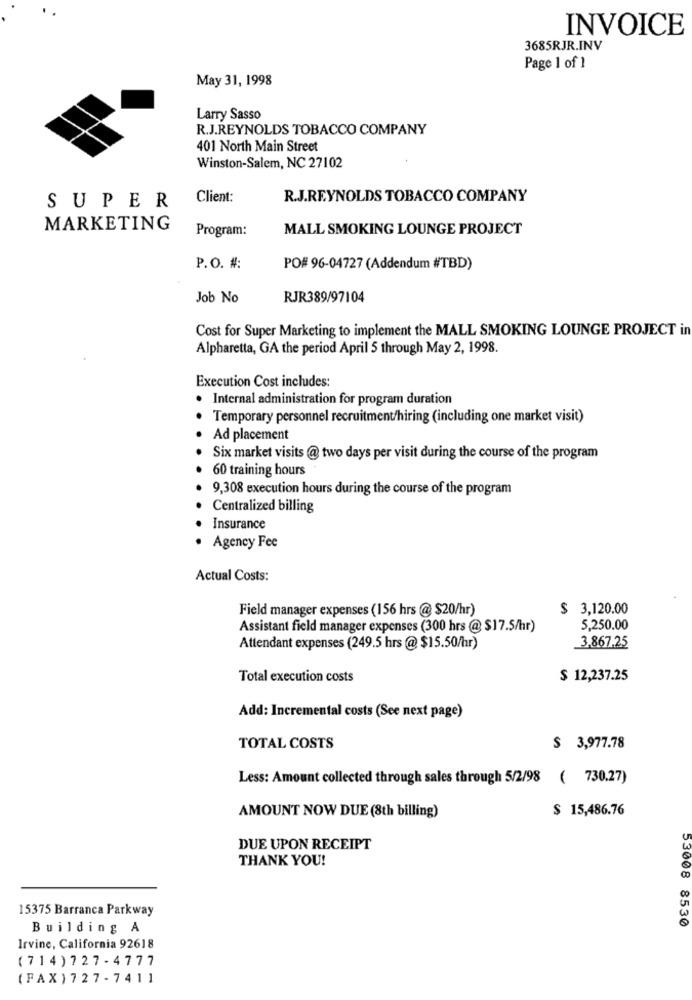
INVOICE
3685RJR.INV
Page 1 of 1
May 31, 1998
Larry Sasso
R.J.REYNOLDS TOBACCO COMPANY
401 North Main Street
Winston-Salem, NC 27102
Client:
R.J.REYNOLDS TOBACCO COMPANY
SUPER
MARKETING
Program:
MALL SMOKING LOUNGE PROJECT
P.O. #:
PO# 96-04727 (Addendum #TBD)
Job No
RJR389/97104
Cost for Super Marketing to implement the MALL SMOKING LOUNGE PROJECT in
Alpharetta, GA the period April 5 through May 2, 1998.
Execution Cost includes:
. Internal administration for program duration
Temporary personnel recruitment/hiring (including one market visit)
Ad placement
Six market visits @ two days per visit during the course of the program
60 training hours
9,308 execution hours during the course of the program
Centralized billing
Insurance
Agency Fee
Actual Costs:
Field manager expenses (156 hrs @ $20/hr)
$ 3,120.00
Assistant field manager expenses (300 hrs @ $17.5/hr)
5,250.00
Attendant expenses (249.5 hrs @ $15.50/hr)
3,867.25
Total execution costs
$ 12,237.25
Add: Incremental costs (See next page)
TOTAL COSTS
$ 3,977.78
Less: Amount collected through sales through 5/2/98 ( 730.27)
$ 15,486.76
AMOUNT NOW DUE (8th billing)
DUE UPON RECEIPT
THANK YOU!
15375 Barranca Parkway
Building A
53008 8530
Irvine, California 92618
(714) 727 - 4777
(FAX ) 727-7411